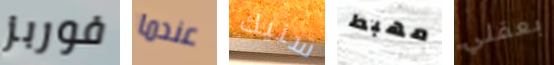
فوربز عندما سنيك مهبط بعقلي